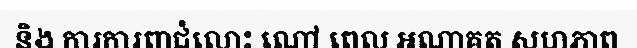
និង ការការពាជំលោះ ណៅ ពេល អណាគត សហភាព